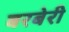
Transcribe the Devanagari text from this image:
बरबेरी